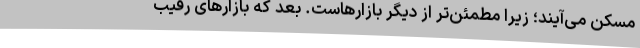
مسکن می‌آیند؛ زیرا مطمئن‌تر از دیگر بازارهاست. بعد که بازارهای رقیب